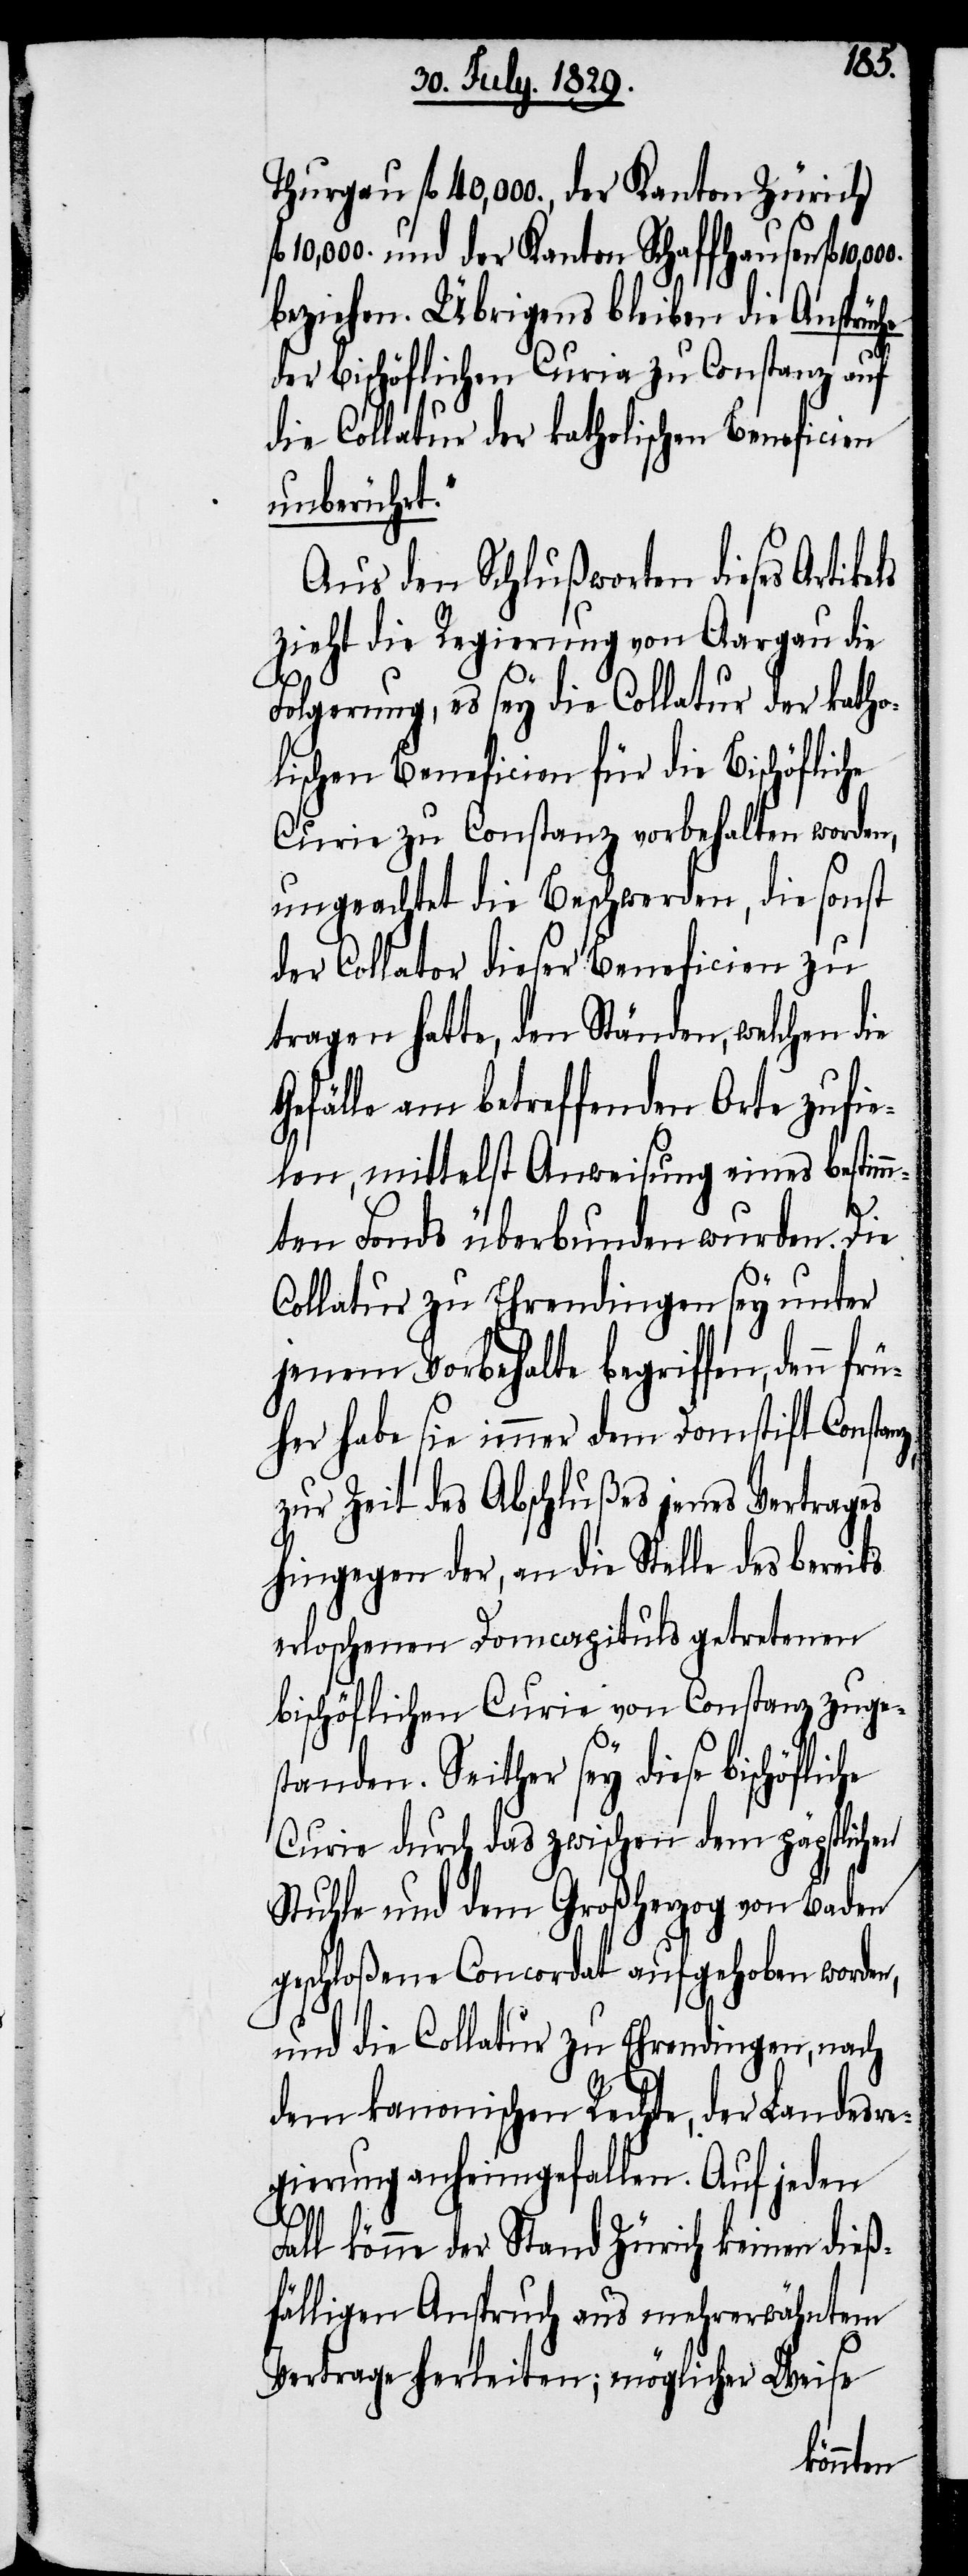
z,
Thurgau fl. 40,000., der Kanton Zürich
10,000. und der Kanton Schaffhausen fl.
beziehen. Übrigens bleiben die Ansprüc¬
der bischöflichen Curia zu Constanz auf
die Collatur der katholischen Beneficien
unberührt.“
Aus den Schlußworten dieses Artike¬
zieht die Regierung von Aargau die
Folgerung, es sey die Collatur der katho¬
lischen Beneficien für die Bischöfliche
Curie zu Constanz vorbehalten worden,
ungeachtet die Beschwerden, die sonst
der Collator dieser Beneficien zu
tragen hatte, den Ständen, welchen die
Gefälle am betreffenden Orte zufie¬
len, mittelst Anweisung eines bestim¬
mten Fonds überbunden wurden. Die
Collatur zu Ehrendingen sey unter
jenem Vorbehalte begriffen, den¬
her habe sie immer dem Domstift Constan¬
zur Zeit des Abschlußes jenes Vertrages
hingegen der, an die Stelle des bereits
erloschenen Domcapituls getretenen
bischöflichen Curie von Constanz zuge¬
standen. Seither sey diese bischöfliche
Curie durch das zwischen dem päpstlichen
Stuhl und dem Großherzog von Baden
geschloßenen Concordat aufgehoben worden,
und die Collatur zu Ehrendingen, nach
dem kanonischen Rechte, der Landesre¬
gierung anheimgefallen. Auf jeden
n frü¬
Fall könne der Stand Zürich keinen dieß¬
fälligen Anspruch aus mehrerwähntem
Vertrage herleiten; möglicher Weise